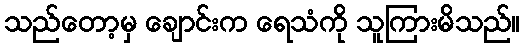
သည်တော့မှ ချောင်းက ရေသံကို သူကြားမိသည်။